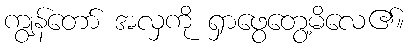
ကျွန်တော် အလှကို ရှာဖွေတွေ့မိလေ၏။